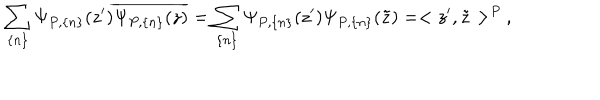
\sum _ { \{ n \} } \Psi _ { P , \{ n \} } ( z ^ { \prime } ) \overline { { { \Psi _ { P , \{ n \} } ( z ) } } } = \sum _ { \{ n \} } \Psi _ { P , \{ n \} } ( z ^ { \prime } ) \Psi _ { P , \{ n \} } ( \tilde { z } ) = < z ^ { \prime } , \tilde { z } > ^ { P } \: ,